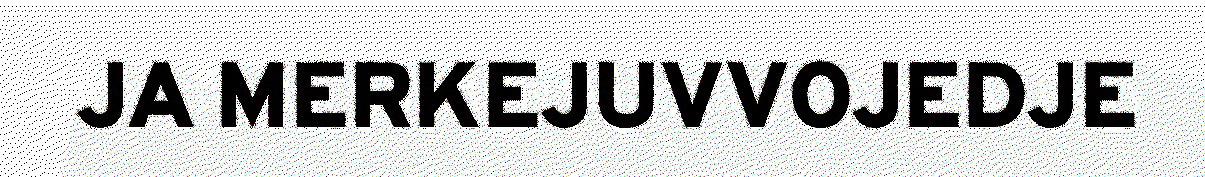
JA MERKEJUVVOJEDJE